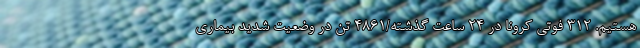
هستیم. ۳۱۲ فوتی کرونا در ۲۴ ساعت گذشته/۴۸۶۱ تن در وضعیت شدید بیماری